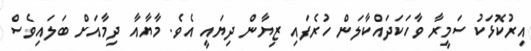
އިރުކޮޅަކު ސަމީރާ ވާހަކަދައްކާލަން ހުރެފައި ޒިޔާން ދިޔައީ އެވެ. މާޔާއާ ދިމާއަށް ބަލައިވެސް